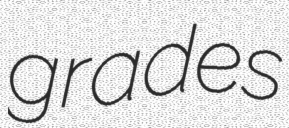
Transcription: grades